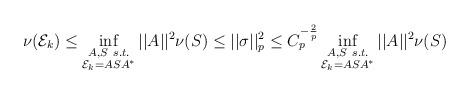
LaTeX: \begin{align*} \nu(\mathcal{E}_k) \leq \inf_{\substack{A, S \ s.t. \\ \mathcal{E}_k = ASA^*}}||A||^2\nu(S) \leq ||\sigma||_p^2 \leq C_p^{-\frac{2}{p}} \inf_{\substack{A, S \ s.t. \\ \mathcal{E}_k = ASA^*}}||A||^2\nu(S) \end{align*}